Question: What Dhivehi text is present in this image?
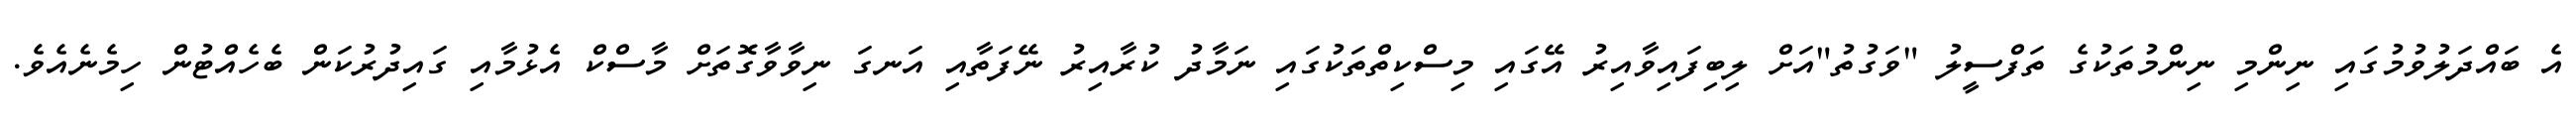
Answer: އެ ބައްދަލުވުމުގައި ނިންމި ނިންމުތަކުގެ ތަފްސީލު "ވަގުތު"އަށް ލިބިފައިވާއިރު އޭގައި މިސްކިތްތަކުގައި ނަމާދު ކުރާއިރު ނޭފަތާއި އަނގަ ނިވާވާގޮތަށް މާސްކް އެޅުމާއި ގައިދުރުކަން ބެހެއްޓުން ހިމެނެއެވެ.